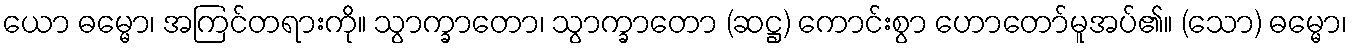
ယော ဓမ္မော၊ အကြင်တရားကို။ သွာက္ခာတော၊ သွာက္ခာတော (ဆဋ္ဌ) ကောင်းစွာ ဟောတော်မူအပ်၏။ (သော) ဓမ္မော၊